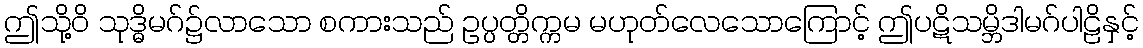
ဤသို့ဝိ သုဒ္ဓိမဂ်၌လာသော စကားသည် ဥပ္ပတ္တိက္ကမ မဟုတ်လေသောကြောင့် ဤပဋိသမ္ဘိဒါမဂ်ပါဠိနှင့်